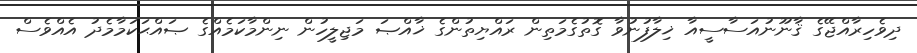
ދިވެހިރާއްޖޭގެ ޤާނޫނުއަސާސީއާ ޚިލާފުނުވާ ގޮތުގެމަތިން ރައްޔިތުންގެ ޚާއްޞަ މަޖިލީހުން ނިންމާކަމެއްގެ ޞައްޙަކަމާމެދު އެއްވެސް